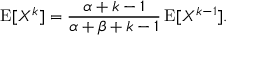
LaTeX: \operatorname { E } [ X ^ { k } ] = { \frac { \alpha + k - 1 } { \alpha + \beta + k - 1 } } \operatorname { E } [ X ^ { k - 1 } ] .